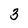
Character: 3